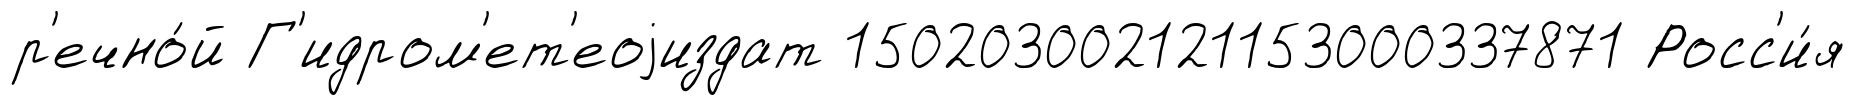
р'ечно́й Г'идром'ет'еоjиздат 150203002121153000337871 Росс'и́я